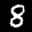
Label: 8